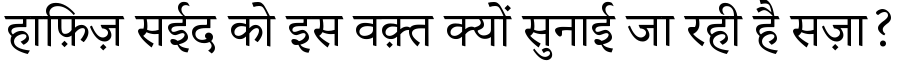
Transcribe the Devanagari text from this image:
हाफ़िज़ सईद को इस वक़्त क्यों सुनाई जा रही है सज़ा?